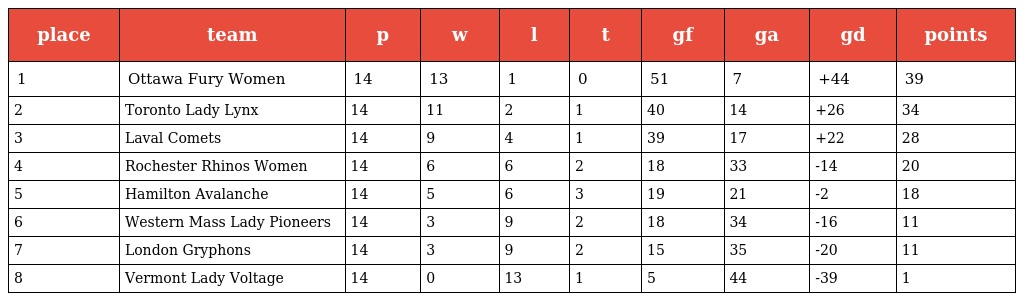
| place | team | p | w | l | t | gf | ga | gd | points |
 | --- | --- | --- | --- | --- | --- | --- | --- | --- | --- |
 | 1 | Ottawa Fury Women | 14 | 13 | 1 | 0 | 51 | 7 | +44 | 39 |
 | 2 | Toronto Lady Lynx | 14 | 11 | 2 | 1 | 40 | 14 | +26 | 34 |
 | 3 | Laval Comets | 14 | 9 | 4 | 1 | 39 | 17 | +22 | 28 |
 | 4 | Rochester Rhinos Women | 14 | 6 | 6 | 2 | 18 | 33 | -14 | 20 |
 | 5 | Hamilton Avalanche | 14 | 5 | 6 | 3 | 19 | 21 | -2 | 18 |
 | 6 | Western Mass Lady Pioneers | 14 | 3 | 9 | 2 | 18 | 34 | -16 | 11 |
 | 7 | London Gryphons | 14 | 3 | 9 | 2 | 15 | 35 | -20 | 11 |
 | 8 | Vermont Lady Voltage | 14 | 0 | 13 | 1 | 5 | 44 | -39 | 1 |